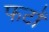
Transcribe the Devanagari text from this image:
फटों